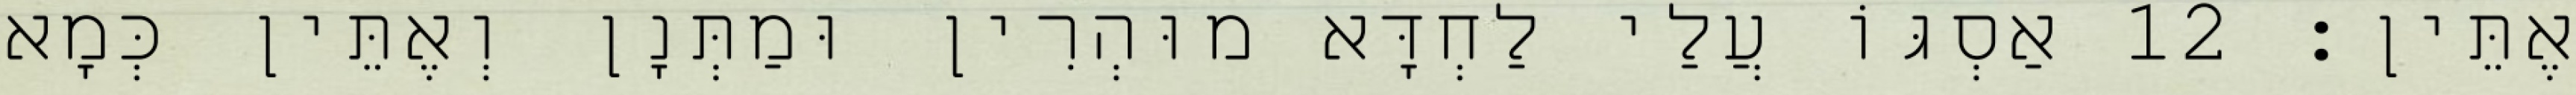
אֶתֵּין׃ 12 אַסְגּוֹ עֲלַי לַחְדָּא מוּהְרִין וּמַתְּנָן וְאֶתֵּין כְּמָא